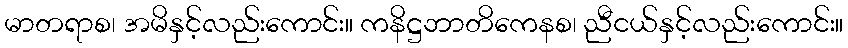
မာတရာစ၊ အမိနှင့်လည်းကောင်း။ ကနိဋ္ဌဘာတိကေနစ၊ ညီငယ်နှင့်လည်းကောင်း။